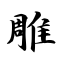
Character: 雕